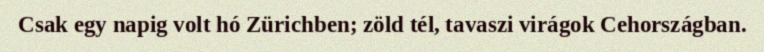
Csak egy napig volt hó Zürichben; zöld tél, tavaszi virágok Cehországban.